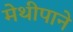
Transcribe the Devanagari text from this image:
मेथीपाने